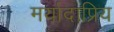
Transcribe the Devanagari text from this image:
मर्यादाप्रिय